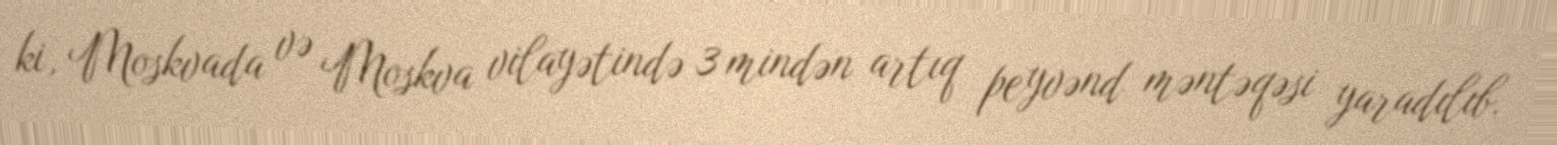
ki, Moskvada və Moskva vilayətində 3 mindən artıq peyvənd məntəqəsi yaradılıb.